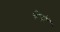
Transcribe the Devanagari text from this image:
वेंगो